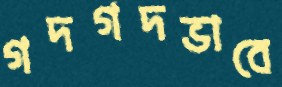
গদগদভাবে